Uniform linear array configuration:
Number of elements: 12
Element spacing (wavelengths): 0.5
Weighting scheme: blackman
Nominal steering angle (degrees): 30
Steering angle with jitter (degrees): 31.769
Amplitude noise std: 0.05
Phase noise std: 0.05

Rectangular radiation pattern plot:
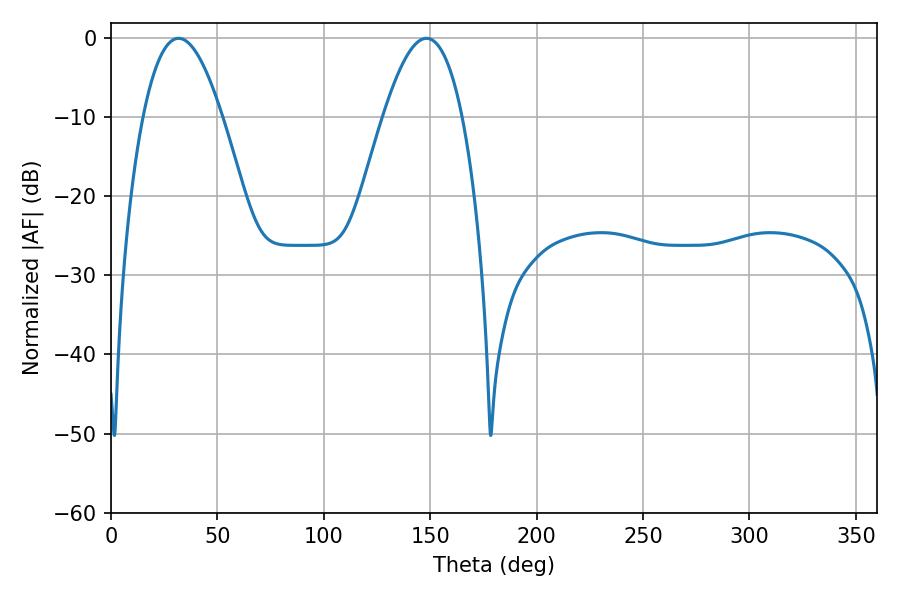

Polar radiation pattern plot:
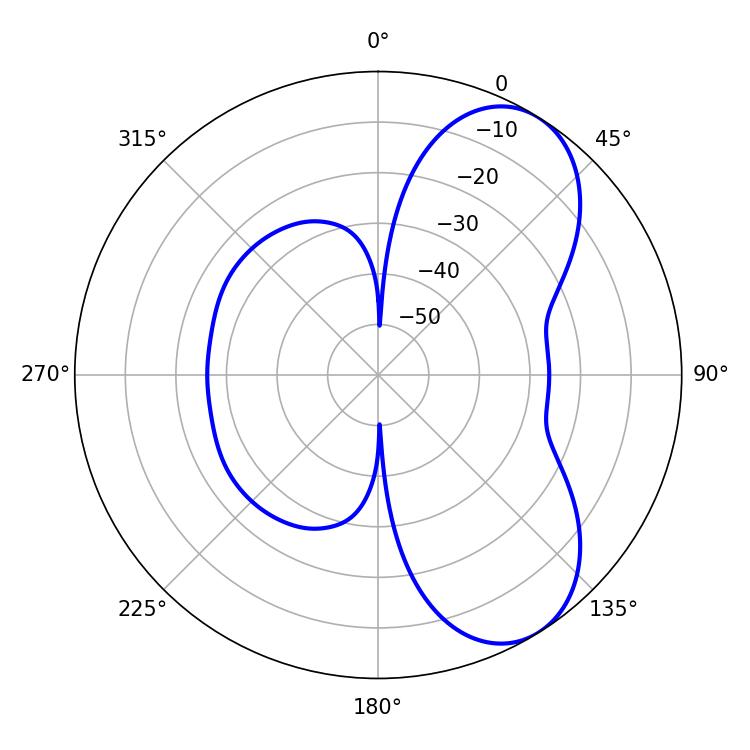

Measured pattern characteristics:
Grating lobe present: FALSE
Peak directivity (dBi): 6.89
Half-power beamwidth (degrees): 20.34
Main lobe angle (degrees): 31.68